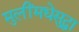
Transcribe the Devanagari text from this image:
मुलींमधेसुद्धा